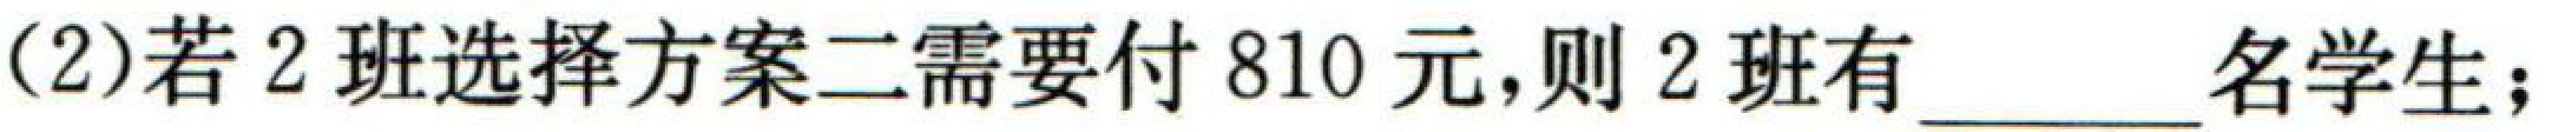
(2)若2班选择方案二需要付810元,则2班有  \_\_\_ 名学生;